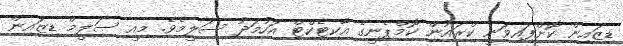
ޑިޒައިން ކޮށްފައިވަނީ ކްރައުން ކޮމްޕެނީގެ އާކިޓެކްޓް އަހުމަދު ސަލީމެވެ. މިއީ ސަލީމް ޑިޒައިން